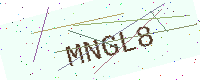
Text: MNGL8